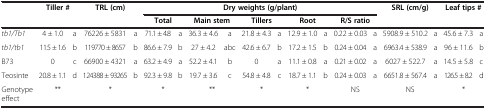
<table><thead><tr><td rowspan="2"><b> </b></td><td colspan="2"><b>Tiller #</b></td><td colspan="2"><b>TRL (cm)</b></td><td colspan="10"><b>Dry weights (g/plant)</b></td><td colspan="2"><b>SRL (cm/g)</b></td><td colspan="2"><b>Leaf tips #</b></td></tr><tr><td colspan="2"><b> </b></td><td colspan="2"><b> </b></td><td colspan="2"><b>Total</b></td><td colspan="2"><b>Main stem</b></td><td colspan="2"><b>Tillers</b></td><td colspan="2"><b>Root</b></td><td colspan="2"><b>R/S ratio</b></td><td colspan="2"><b> </b></td><td colspan="2"><b> </b></td></tr></thead><tbody><tr><td><i>tb1/Tb1</i></td><td>4 ± 1.0</td><td>a</td><td>76226 ± 5831</td><td>a</td><td>71.1 ± 4.8</td><td>a</td><td>36.3 ± 4.6</td><td>a</td><td>21.8 ± 4.3</td><td>a</td><td>12.9 ± 1.0</td><td>a</td><td>0.22 ± 0.03</td><td>a</td><td>5908.9 ± 510.2</td><td>a</td><td>45.6 ± 7.3</td><td>a</td></tr><tr><td><i>tb1/tb1</i></td><td>11.5 ± 1.6</td><td>b</td><td>119770 ± 8657</td><td>b</td><td>86.6 ± 7.9</td><td>b</td><td>27 ± 4.2</td><td>abc</td><td>42.6 ± 6.7</td><td>b</td><td>17.2 ± 1.5</td><td>b</td><td>0.24 ± 0.04</td><td>a</td><td>6963.4 ± 538.9</td><td>a</td><td>96 ± 11.6</td><td>b</td></tr><tr><td>B73</td><td>0</td><td>c</td><td>66900 ± 4321</td><td>a</td><td>63.2 ± 4.9</td><td>a</td><td>52.2 ± 4.1</td><td>b</td><td>0</td><td>a</td><td>11.1 ± 0.8</td><td>a</td><td>0.21 ± 0.02</td><td>a</td><td>6027 ± 522.7</td><td>a</td><td>14.5 ± 5.8</td><td>c</td></tr><tr><td>Teosinte</td><td>20.8 ± 1.1</td><td>d</td><td>124388 ± 93265</td><td>b</td><td>92.3 ± 9.8</td><td>b</td><td>19.7 ± 3.6</td><td>c</td><td>54.8 ± 4.8</td><td>c</td><td>18.7 ± 1.1</td><td>b</td><td>0.24 ± 0.03</td><td>a</td><td>6651.8 ± 567.4</td><td>a</td><td>126.5 ± 8.2</td><td>d</td></tr><tr><td>Genotype effect</td><td colspan="2">**</td><td colspan="2">*</td><td colspan="2">*</td><td colspan="2">**</td><td colspan="2">*</td><td colspan="2">*</td><td colspan="2">NS</td><td colspan="2">NS</td><td colspan="2">*</td></tr></tbody></table>